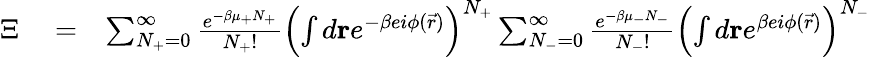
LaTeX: \begin{array}{rlr}{\Xi}&{{}=}&{\sum_{N_{+}=0}^{\infty}\frac{e^{-\beta\mu_{+}N_{+}}}{N_{+}!}\left(\int d\mathbf{r}e^{-\beta ei\phi(\vec{r})}\right)^{N_{+}}\sum_{N_{-}=0}^{\infty}\frac{e^{-\beta\mu_{-}N_{-}}}{N_{-}!}\left(\int d\mathbf{r}e^{\beta ei\phi(\vec{r})}\right)^{N_{-}}}\end{array}